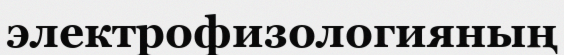
электрофизологияның